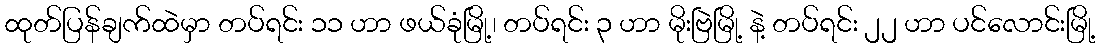
ထုတ်ပြန်ချက်ထဲမှာ တပ်ရင်း ၁၁ ဟာ ဖယ်ခုံမြို့၊ တပ်ရင်း ၃ ဟာ မိုးဗြဲမြို့ နဲ့ တပ်ရင်း ၂၂ ဟာ ပင်လောင်းမြို့